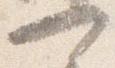
可